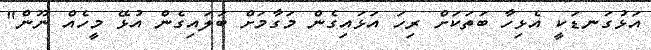
އަޅުގަނޑަކީ އެޅިހާ ބަތަކަށް ރިހަ އަޅައިގެން މަގާމަށް ބަލައިގެން އުޅޭ މީހެއް ނޫން"